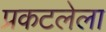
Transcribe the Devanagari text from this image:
प्रकटलेला